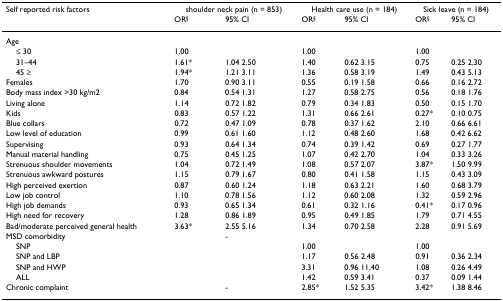
<table><thead><tr><td><b>Self reported risk factors</b></td><td colspan="2"><b>shoulder neck pain (n = 853)</b></td><td colspan="2"><b>Health care use (n = 184)</b></td><td colspan="2"><b>Sick leave (n = 184)</b></td></tr><tr><td></td><td><b>OR<sup>§</sup></b></td><td><b>95% CI</b></td><td><b>OR<sup>§</sup></b></td><td><b>95% CI</b></td><td><b>OR<sup>§</sup></b></td><td><b>95% CI</b></td></tr></thead><tbody><tr><td>Age</td><td></td><td></td><td></td><td></td><td></td><td></td></tr><tr><td> ≤ 30</td><td>1.00</td><td></td><td>1.00</td><td></td><td>1.00</td><td></td></tr><tr><td> 31–44</td><td>1.61*</td><td>1.04 2.50</td><td>1.40</td><td>0.62 3.15</td><td>0.75</td><td>0.25 2.30</td></tr><tr><td> 45 ≥</td><td>1.94*</td><td>1.21 3.11</td><td>1.36</td><td>0.58 3.19</td><td>1.49</td><td>0.43 5.13</td></tr><tr><td>Females</td><td>1.70</td><td>0.90 3.11</td><td>0.55</td><td>0.19 1.58</td><td>0.66</td><td>0.16 2.72</td></tr><tr><td>Body mass index &gt;30 kg/m2</td><td>0.84</td><td>0.54 1.31</td><td>1.27</td><td>0.58 2.75</td><td>0.56</td><td>0.18 1.76</td></tr><tr><td>Living alone</td><td>1.14</td><td>0.72 1.82</td><td>0.79</td><td>0.34 1.83</td><td>0.50</td><td>0.15 1.70</td></tr><tr><td>Kids</td><td>0.83</td><td>0.57 1.22</td><td>1.31</td><td>0.66 2.61</td><td>0.27*</td><td>0.10 0.75</td></tr><tr><td>Blue collars</td><td>0.72</td><td>0.47 1.09</td><td>0.78</td><td>0.37 1.62</td><td>2.10</td><td>0.66 6.61</td></tr><tr><td>Low level of education</td><td>0.99</td><td>0.61 1.60</td><td>1.12</td><td>0.48 2.60</td><td>1.68</td><td>0.42 6.62</td></tr><tr><td>Supervising</td><td>0.93</td><td>0.64 1.34</td><td>0.74</td><td>0.39 1.42</td><td>0.69</td><td>0.27 1.77</td></tr><tr><td>Manual material handling</td><td>0.75</td><td>0.45 1.25</td><td>1.07</td><td>0.42 2.70</td><td>1.04</td><td>0.33 3.26</td></tr><tr><td>Strenuous shoulder movements</td><td>1.04</td><td>0.72 1.49</td><td>1.08</td><td>0.57 2.07</td><td>3.87*</td><td>1.50 9.99</td></tr><tr><td>Strenuous awkward postures</td><td>1.15</td><td>0.79 1.67</td><td>0.80</td><td>0.41 1.58</td><td>1.15</td><td>0.43 3.09</td></tr><tr><td>High perceived exertion</td><td>0.87</td><td>0.60 1.24</td><td>1.18</td><td>0.63 2.21</td><td>1.60</td><td>0.68 3.79</td></tr><tr><td>Low job control</td><td>1.10</td><td>0.78 1.56</td><td>1.12</td><td>0.60 2.08</td><td>1.32</td><td>0.59 2.96</td></tr><tr><td>High job demands</td><td>0.93</td><td>0.65 1.34</td><td>0.61</td><td>0.32 1.16</td><td>0.41*</td><td>0.17 0.96</td></tr><tr><td>High need for recovery</td><td>1.28</td><td>0.86 1.89</td><td>0.95</td><td>0.49 1.85</td><td>1.79</td><td>0.71 4.55</td></tr><tr><td>Bad/moderate perceived general health</td><td>3.63*</td><td>2.55 5.16</td><td>1.34</td><td>0.70 2.58</td><td>2.28</td><td>0.91 5.69</td></tr><tr><td>MSD comorbidity</td><td></td><td>-</td><td></td><td></td><td></td><td></td></tr><tr><td> SNP</td><td></td><td></td><td>1.00</td><td></td><td>1.00</td><td></td></tr><tr><td> SNP and LBP</td><td></td><td></td><td>1.17</td><td>0.56 2.48</td><td>0.91</td><td>0.36 2.34</td></tr><tr><td> SNP and HWP</td><td></td><td></td><td>3.31</td><td>0.96 11.40</td><td>1.08</td><td>0.26 4.49</td></tr><tr><td> ALL</td><td></td><td></td><td>1.42</td><td>0.59 3.41</td><td>0.37</td><td>0.09 1.44</td></tr><tr><td>Chronic complaint</td><td></td><td>-</td><td>2.85*</td><td>1.52 5.35</td><td>3.42*</td><td>1.38 8.46</td></tr></tbody></table>